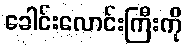
ခေါင်းလောင်းကြီးကို